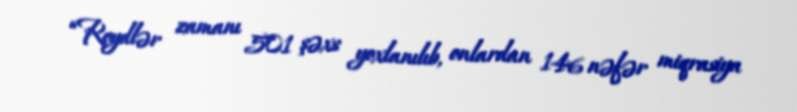
“Reydlər zamanı 501 şəxs yoxlanılıb, onlardan 146 nəfər miqrasiya